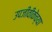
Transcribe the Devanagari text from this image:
उपजीवीकेच्या